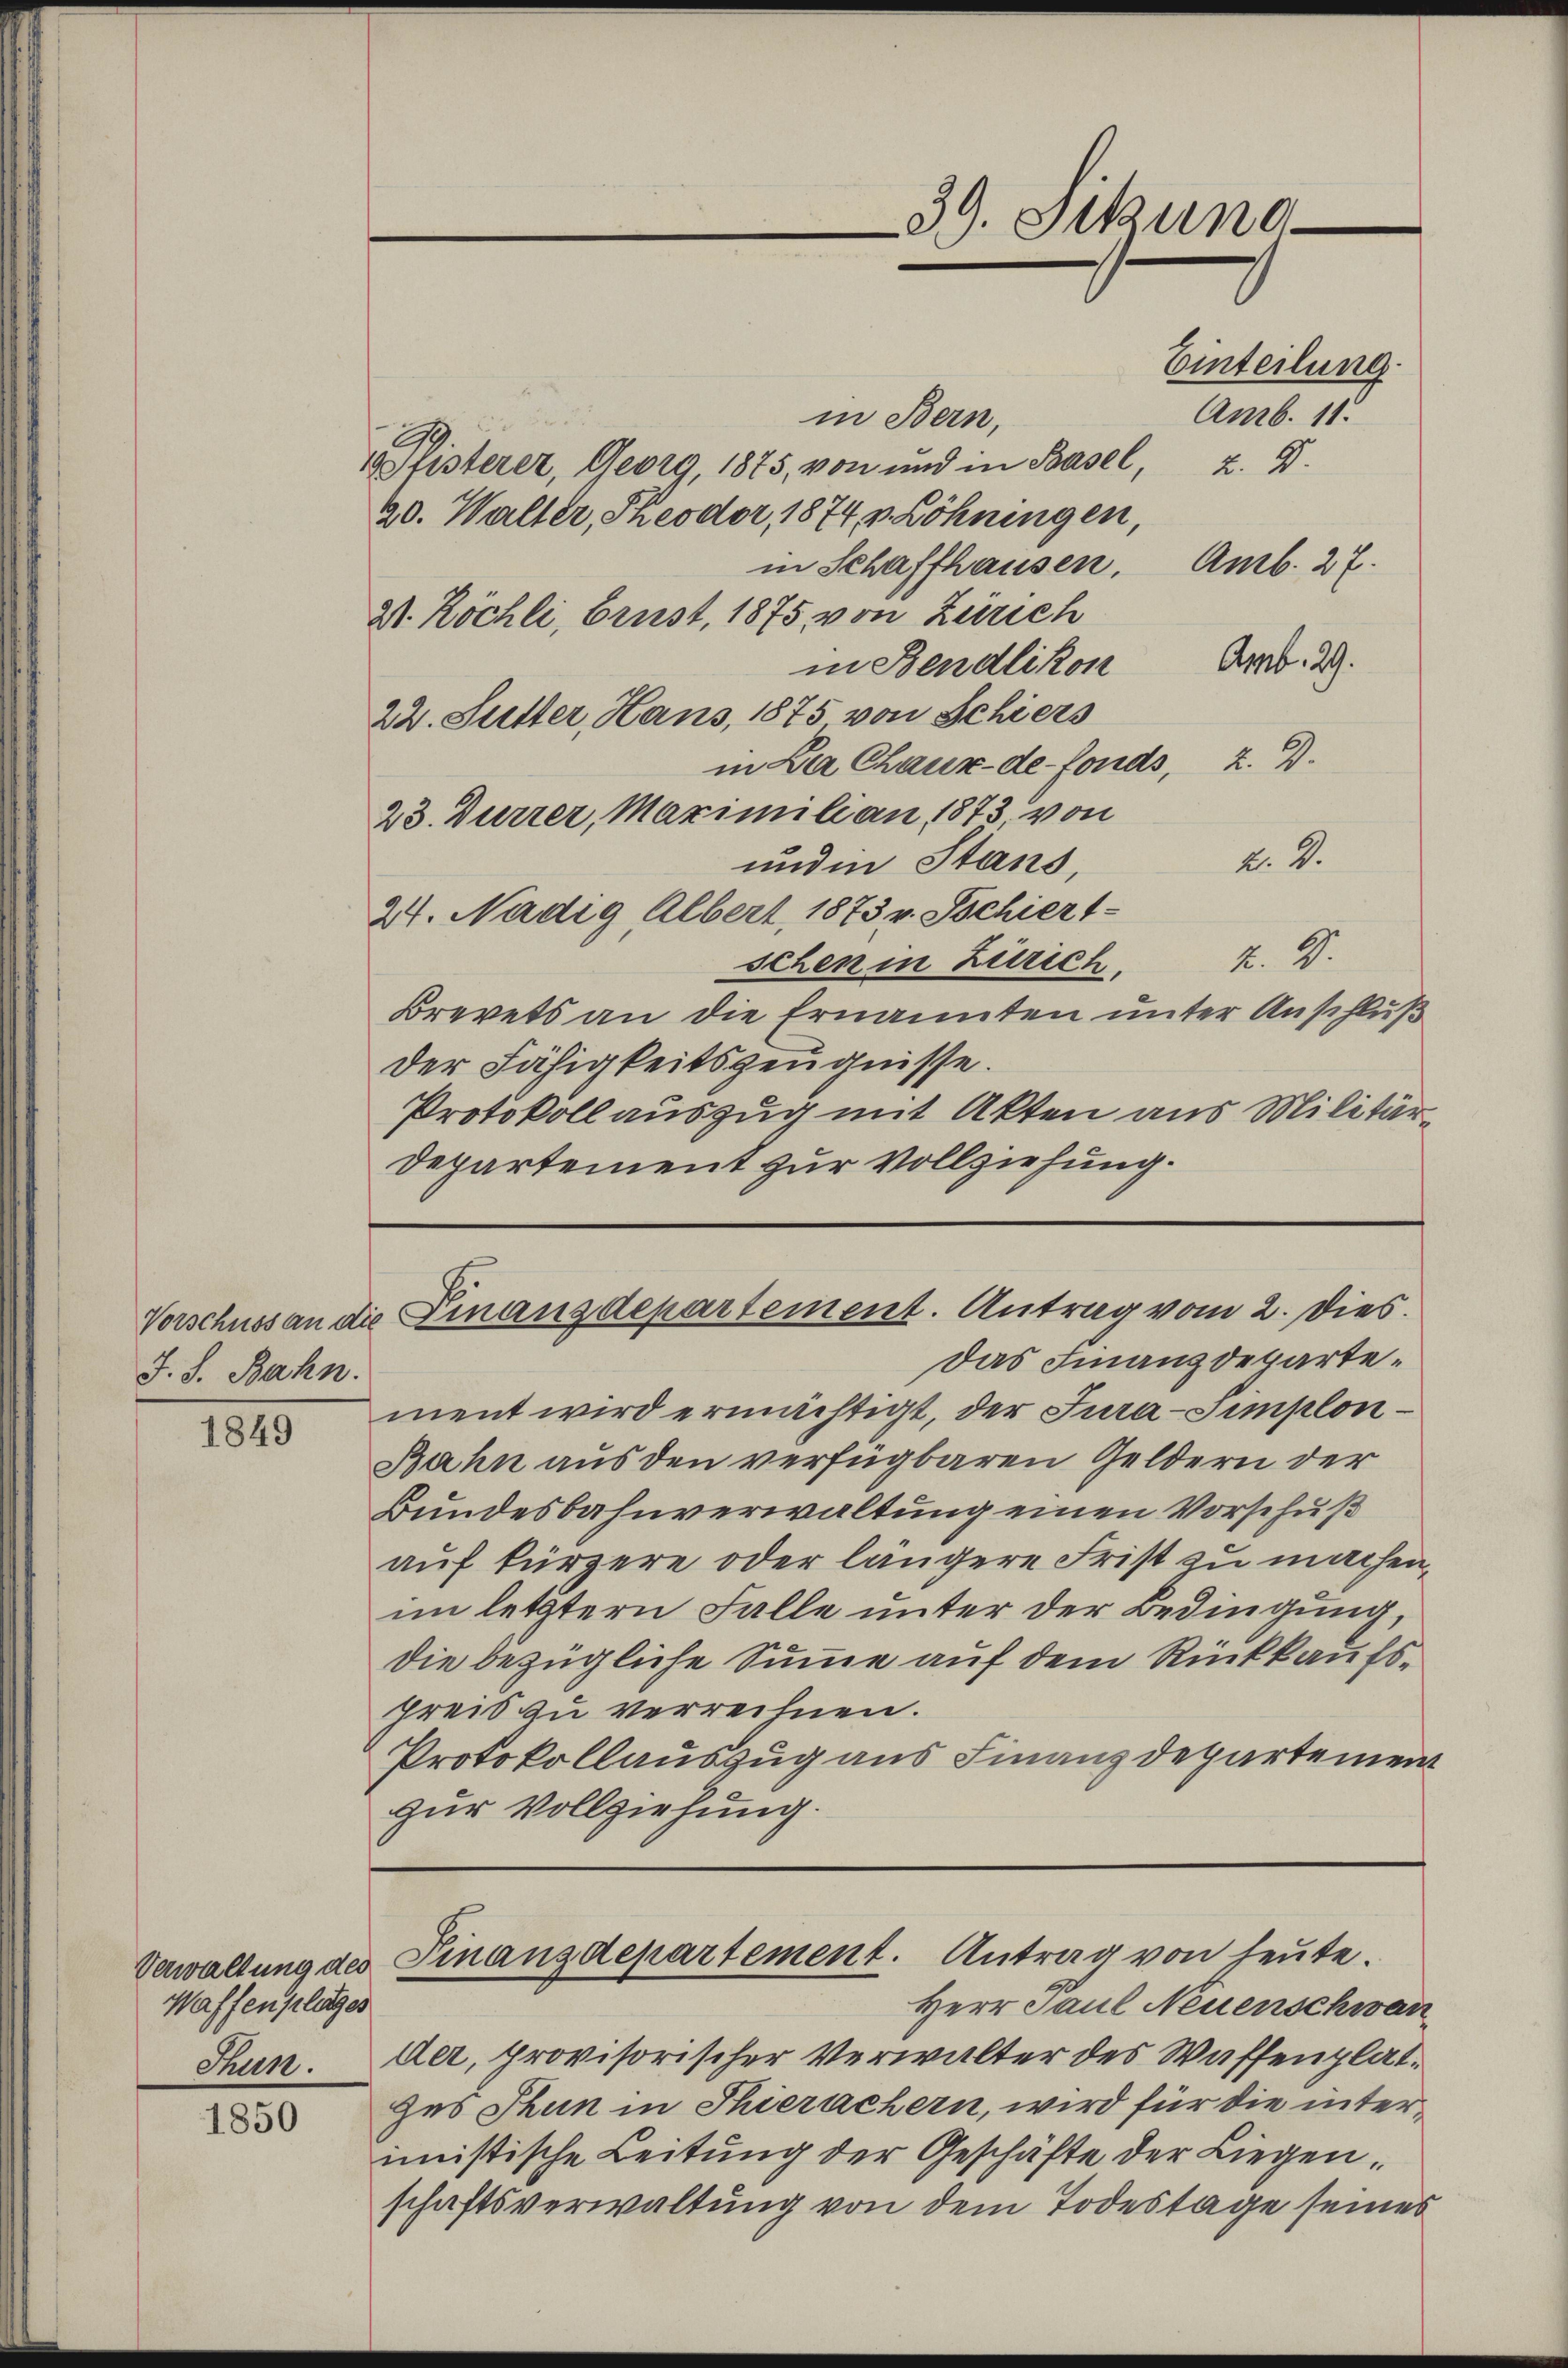
J. S. Bahn.

1849

Waffenplages
Thun.

1850

in Bern,
1 listerer, Georg, 1875, von und in Basel, 2. 5.
20. Walter, Theodor, 1874 v. Löhningen,
in Schaffhausen. Amb. 27.
21. Köchli, Brust, 1875 von Zürich
in Bendlikon Art. 2.
22. Sutter, Hans, 1875 von Schiers
in La Chaux-de-Fonds, z. B.
23. Durrer, Maximilian 1873, von
A. 2.
und in Stand,
24. Nädig Albert, 1873 v. Tschiert-
2. 9.
schen in Zürich.
Brevets an die Ernannten unter Anschluß
der Fähigkeitszeugnisse.
Protokoll auszug mit Akten aus Militär¬
Departement zur Vollziehung.

39. Sitzung
Einteilung.

Amb. 11.

Vorschuss an die Finanzdepartement. Antrag vom 2. Dies

Verwaltung des Finanzdepartement. Antrag von heute.

Das Finanzdepartement wird ermächtigt, der Jura-Simplon¬
Bahn aus den verfügbaren Geldern der
Bundesbahnverwaltung einen Vorschuß
auf kürzere oder längere Frist zu machen,
im letztern Falle unter der Bedingung,
die bezügliche Summe auf dem Rückkaufspreis zu verrechnen.
Protokollauszug aus Finanzdepartement
zur Vollziehung.

Herr Paul Neuenschwan
der, provisorischer Verwalter des Waffenplatzes Thun in Thierachern, wird für die interimistische Leitung der Geschäfte der Liegenschaftsverwaltung von dem Todestage seines